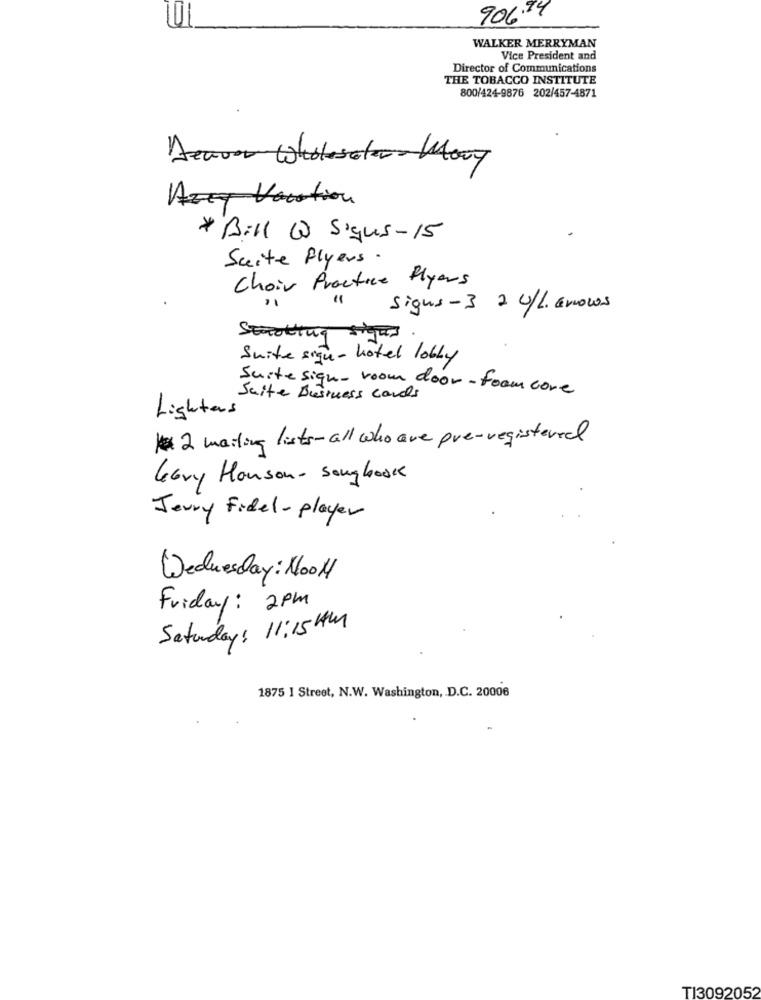
906.74
WALKER MERRYMAN
Vice President and
Director of Communications
THE TOBACCO INSTITUTE
800/424-9876 202/457-4871
Acave Wholesaler Mary
Azez Vacation
* Bill @ signes-15
Suite Flyers.
Choir Practice flyers
signs-3 2 0/L. EroLOS
Starting signes
Suite sign- hotel lobby
Suite sign- room door-foam core
Suite Business Cards
Lighters
2 mailing lists- all who are pre-registered
Levy Honson- Songbook
Jerry fidel- player
Wednesday: Nool
Friday: 2pm
Saturday: 11:15 AM
1875 I Street, N.W. Washington, D.C. 20006
TI3092052